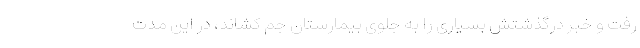
رفت و خبر درگذشتش بسیاری را به جلوی بیمارستان جم کشاند، در این مدت